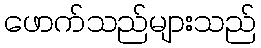
ဖောက်သည်များသည်